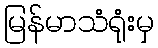
မြန်မာသံရုံးမှ